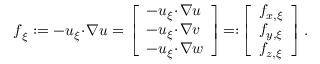
\begin{array} { r } { \boldsymbol { f } _ { \xi } : = - \boldsymbol { u } _ { \xi } \! \cdot \! \boldsymbol { \nabla } \boldsymbol { u } = \left[ \begin{array} { l } { - \boldsymbol { u } _ { \xi } \! \cdot \! \boldsymbol { \nabla } u } \\ { - \boldsymbol { u } _ { \xi } \! \cdot \! \boldsymbol { \nabla } v } \\ { - \boldsymbol { u } _ { \xi } \! \cdot \! \boldsymbol { \nabla } w } \end{array} \right] \! = : \! \left[ \begin{array} { l } { f _ { x , \xi } } \\ { f _ { y , \xi } } \\ { f _ { z , \xi } } \end{array} \right] . } \end{array}